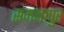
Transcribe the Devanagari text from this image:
समनापुर